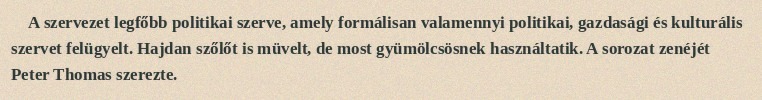
A szervezet legfőbb politikai szerve, amely formálisan valamennyi politikai, gazdasági és kulturális szervet felügyelt. Hajdan szőlőt is müvelt, de most gyümölcsösnek használtatik. A sorozat zenéjét Peter Thomas szerezte.